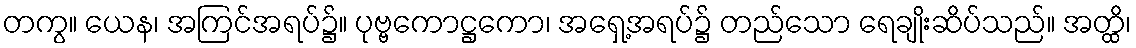
တကွ။ ယေန၊ အကြင်အရပ်၌။ ပုဗ္ဗကောဋ္ဌကော၊ အရှေ့အရပ်၌ တည်သော ရေချိုးဆိပ်သည်။ အတ္ထိ၊